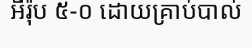
អឺរ៉ុប ៥-០ ដោយគ្រាប់បាល់